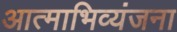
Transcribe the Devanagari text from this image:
आत्‍माभिव्‍यंजना